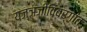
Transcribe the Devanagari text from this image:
यज्ञजीविवर्गांत